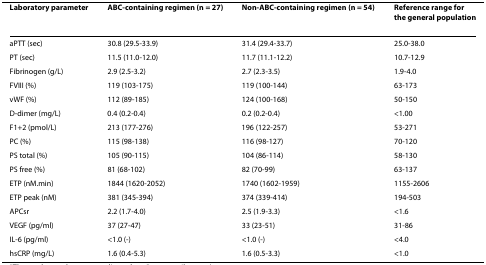
<table><thead><tr><td><b>Laboratory parameter</b></td><td><b>ABC-containing regimen (n = 27)</b></td><td><b>Non-ABC-containing regimen (n = 54)</b></td><td><b>Reference range for the general population</b></td></tr></thead><tbody><tr><td>aPTT (sec)</td><td>30.8 (29.5-33.9)</td><td>31.4 (29.4-33.7)</td><td>25.0-38.0</td></tr><tr><td>PT (sec)</td><td>11.5 (11.0-12.0)</td><td>11.7 (11.1-12.2)</td><td>10.7-12.9</td></tr><tr><td>Fibrinogen (g/L)</td><td>2.9 (2.5-3.2)</td><td>2.7 (2.3-3.5)</td><td>1.9-4.0</td></tr><tr><td>FVIII (%)</td><td>119 (103-175)</td><td>119 (100-144)</td><td>63-173</td></tr><tr><td>vWF (%)</td><td>112 (89-185)</td><td>124 (100-168)</td><td>50-150</td></tr><tr><td>D-dimer (mg/L)</td><td>0.4 (0.2-0.4)</td><td>0.2 (0.2-0.4)</td><td>&lt;1.00</td></tr><tr><td>F1+2 (pmol/L)</td><td>213 (177-276)</td><td>196 (122-257)</td><td>53-271</td></tr><tr><td>PC (%)</td><td>115 (98-138)</td><td>116 (98-127)</td><td>70-120</td></tr><tr><td>PS total (%)</td><td>105 (90-115)</td><td>104 (86-114)</td><td>58-130</td></tr><tr><td>PS free (%)</td><td>81 (68-102)</td><td>82 (70-99)</td><td>63-137</td></tr><tr><td>ETP (nM.min)</td><td>1844 (1620-2052)</td><td>1740 (1602-1959)</td><td>1155-2606</td></tr><tr><td>ETP peak (nM)</td><td>381 (345-394)</td><td>374 (339-414)</td><td>194-503</td></tr><tr><td>APCsr</td><td>2.2 (1.7-4.0)</td><td>2.5 (1.9-3.3)</td><td>&lt;1.6</td></tr><tr><td>VEGF (pg/ml)</td><td>37 (27-47)</td><td>33 (23-51)</td><td>31-86</td></tr><tr><td>IL-6 (pg/ml)</td><td>&lt;1.0 (-)</td><td>&lt;1.0 (-)</td><td>&lt;4.0</td></tr><tr><td>hsCRP (mg/L)</td><td>1.6 (0.4-5.3)</td><td>1.6 (0.5-3.3)</td><td>&lt;1.0</td></tr></tbody></table>